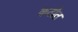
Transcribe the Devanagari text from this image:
कठौत